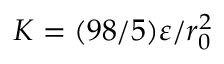
K = ( 9 8 / 5 ) \varepsilon / r _ { 0 } ^ { 2 }